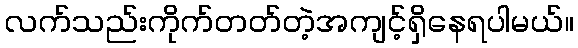
လက်သည်းကိုက်တတ်တဲ့အကျင့်ရှိနေရပါမယ်။